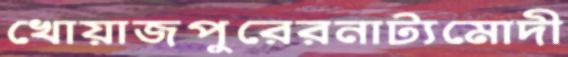
খোয়াজপুরেরনাট্যমোদী